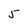
Character: 5